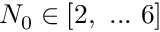
N _ { 0 } \in [ 2 , \ . . . \ 6 ]